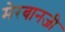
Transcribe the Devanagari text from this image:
मेरबानजी